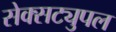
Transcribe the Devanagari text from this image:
सेक्सट्युपल